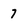
Character: 7